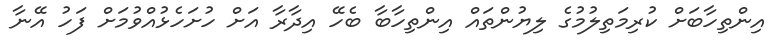
އިންތިހާބަށް ކުރިމަތިލުމުގެ ލިޔުންތައް އިންތިހާބާ ބެހޭ އިދާރާ އަށް ހުށަހެޅުއްވުމަށް ފަހު އޭނާ